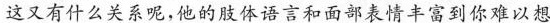
这又有什么关系呢，他的肢体语言和面部表情丰富到你难以想